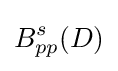
B_{pp}^{s}(D)